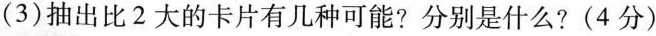
(3)抽出比2大的卡片有几种可能?分别是什么?(4分)